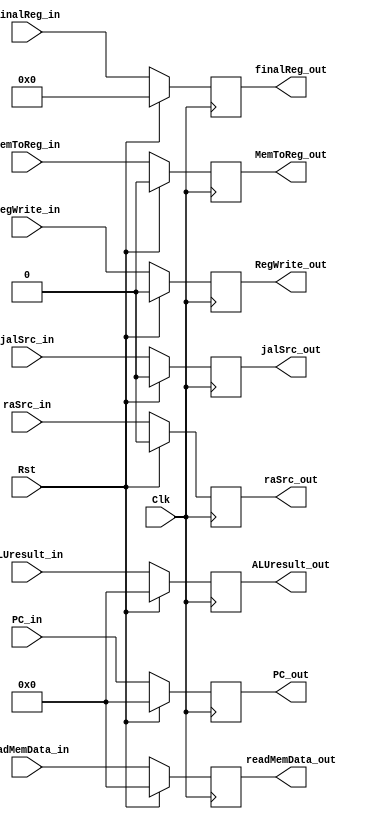
`timescale 1ns / 1ps
//////////////////////////////////////////////////////////////////////////////////
// Company: 
// Engineer: 
// 
// Design Name: 
// Module Name: MEM_WB_Register
// Project Name: 
// Target Devices: 
// Tool Versions: 
// Description: 
// 
// Dependencies: 
// 
// Revision:
// Revision 0.01 - File Created
// Additional Comments:
// 
//////////////////////////////////////////////////////////////////////////////////


module MEM_WB_Register(Rst, Clk, readMemData_in, ALUresult_in, finalReg_in,
    readMemData_out, ALUresult_out, finalReg_out,
    RegWrite_in, MemToReg_in, RegWrite_out, MemToReg_out,
    jalSrc_in, raSrc_in, PC_in, jalSrc_out, raSrc_out, PC_out
    );
    
    input [31:0] PC_in, readMemData_in, ALUresult_in;
    input [4:0] finalReg_in;
    input jalSrc_in, raSrc_in, Rst, Clk, RegWrite_in, MemToReg_in;
    
    output reg [31:0] PC_out, readMemData_out, ALUresult_out;
    output reg [4:0] finalReg_out;
    output reg jalSrc_out, raSrc_out, RegWrite_out, MemToReg_out;
    
    always @ (posedge Clk) begin
        if (Rst == 1) begin
            readMemData_out <= 0;
            ALUresult_out <= 0;
            finalReg_out <= 0;
            RegWrite_out <= 0;
            MemToReg_out <= 0;
            jalSrc_out <= 0;
            raSrc_out <= 0;
            PC_out <= 0;
        end
        else begin
            readMemData_out <= readMemData_in;
            ALUresult_out <= ALUresult_in;
            finalReg_out <= finalReg_in;
            RegWrite_out <= RegWrite_in;
            MemToReg_out <= MemToReg_in;
            jalSrc_out <= jalSrc_in;
            raSrc_out <= raSrc_in;
            PC_out <= PC_in;
        end
    end
    
endmodule